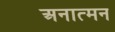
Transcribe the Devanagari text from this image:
अनात्मन